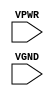
module sky130_fd_sc_hs__tap (
    VPWR,
    VGND
);

    input VPWR;
    input VGND;
endmodule